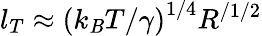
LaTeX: l_{T}\approx{\left(k_{\mathit{B}}T/\gamma\right)}^{1/4}R^{/1/2}